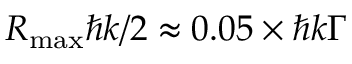
R _ { \mathrm { m a x } } \hbar k / 2 \approx 0 . 0 5 \times \hbar k \Gamma